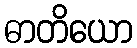
ဓာတိယော